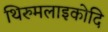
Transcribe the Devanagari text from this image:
थिरुमलाइकोदि